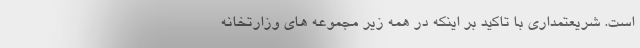
است. شریعتمداری با تاکید بر اینکه در همه زیر مجموعه های وزارتخانه